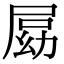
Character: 𡲍